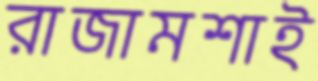
রাজামশাই